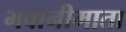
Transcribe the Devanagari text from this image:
भवानीमाता